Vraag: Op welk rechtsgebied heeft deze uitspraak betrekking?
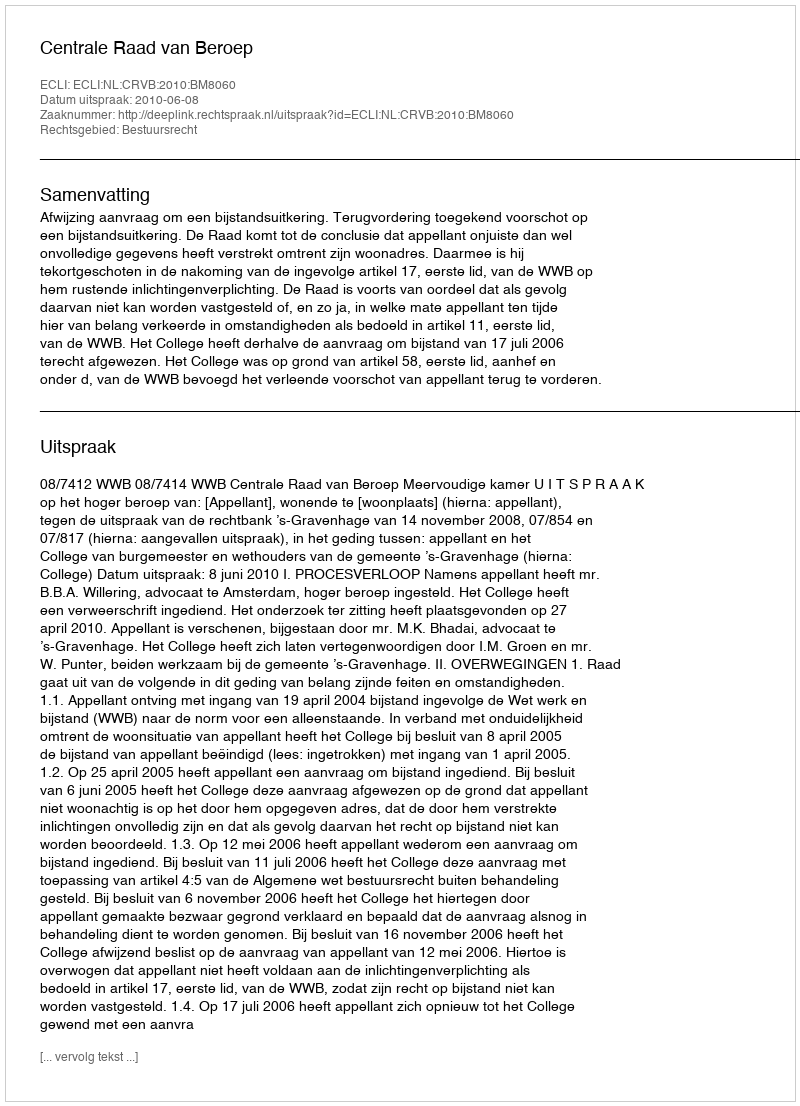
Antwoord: Bestuursrecht